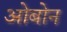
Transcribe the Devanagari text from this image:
ओबोन